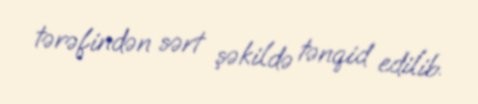
tərəfindən sərt şəkildə tənqid edilib.